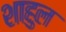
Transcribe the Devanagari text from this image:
शाहुल